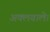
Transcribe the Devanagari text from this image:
अक्लवाले।